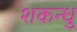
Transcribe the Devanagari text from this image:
शकन्धु